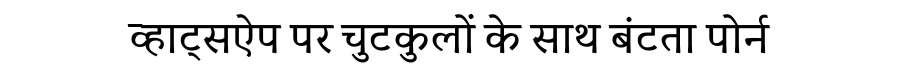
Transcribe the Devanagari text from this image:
व्हाट्सऐप पर चुटकुलों के साथ बंटता पोर्न